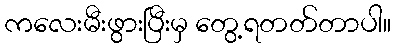
ကလေးမီးဖွားပြီးမှ တွေ့ရတတ်တာပါ။